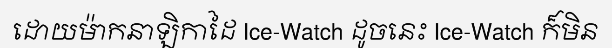
ដោយម៉ាកនាឡិកាដៃ Ice-Watch ដូចនេះ Ice-Watch ក៏មិន